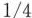
\frac{1}{4}